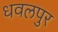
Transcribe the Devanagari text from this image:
धवलपुर